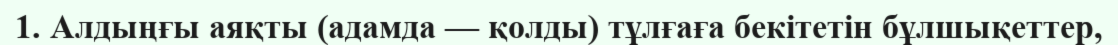
1. Алдыңғы аяқты (адамда — қолды) тұлғаға бекітетін бұлшықеттер,